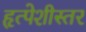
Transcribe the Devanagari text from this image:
हृत्पेशीस्तर